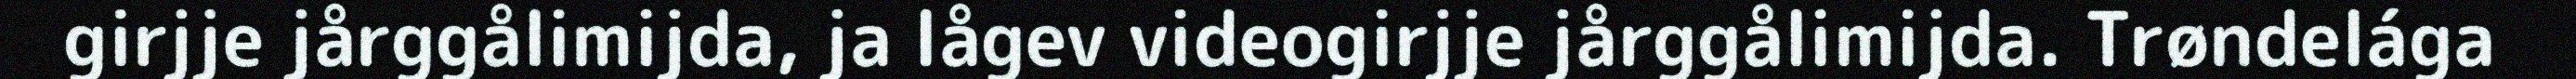
girjje jårggålimijda, ja lågev videogirjje jårggålimijda. Trøndelága